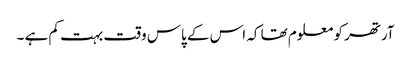
آرتھر کو معلوم تھا کہ اس کے پاس وقت بہت کم ہے ۔